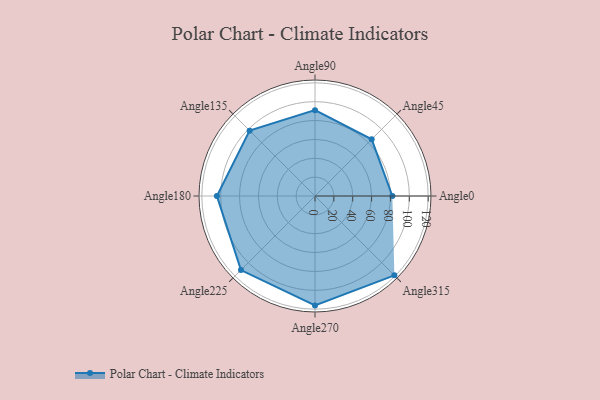
{"axis": {"x": "Angle", "y": "Radius"}, "legend": [""], "data": [{"x": "Angle0", "y": 82.0, "type": ""}, {"x": "Angle45", "y": 85.0, "type": ""}, {"x": "Angle90", "y": 91.0, "type": ""}, {"x": "Angle135", "y": 98.0, "type": ""}, {"x": "Angle180", "y": 104.0, "type": ""}, {"x": "Angle225", "y": 111.0, "type": ""}, {"x": "Angle270", "y": 116.0, "type": ""}, {"x": "Angle315", "y": 119.0, "type": ""}]}